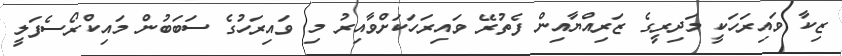
ޒިކާ ވައިރަހަކީ މަދިރީގެ ޒަރިއްޔާއިން ފެތުރޭ ވައިރަހަކަށްވާއިރު މި ވައިރަހުގެ ސަބަބުން މައިކްރޯސެފަލީ